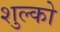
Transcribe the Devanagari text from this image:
शुल्को